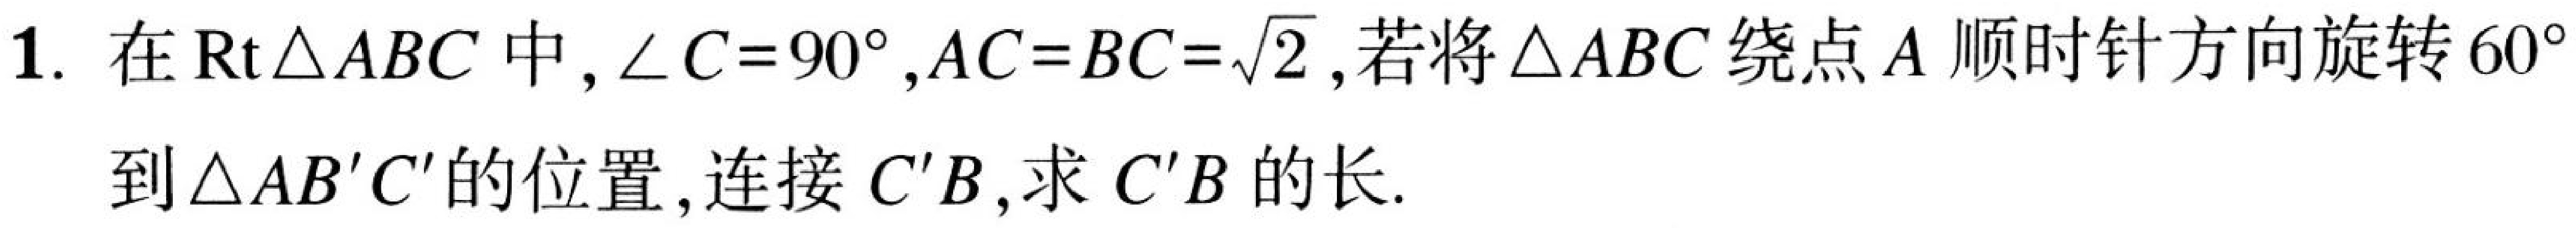
1. 在\(\text{Rt}\triangle ABC\)中,\(\angle C = 90^{\circ}\),\(AC = BC=\sqrt{2}\),若将\(\triangle ABC\)绕点\(A\)顺时针方向旋转\(60^{\circ}\)到\(\triangle AB'C'\)的位置,连接\(C'B\),求\(C'B\)的长.